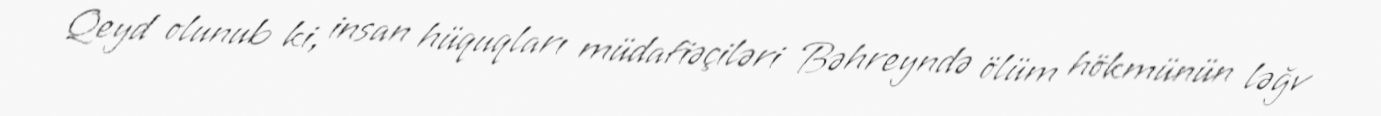
Qeyd olunub ki, insan hüquqları müdafiəçiləri Bəhreyndə ölüm hökmünün ləğv